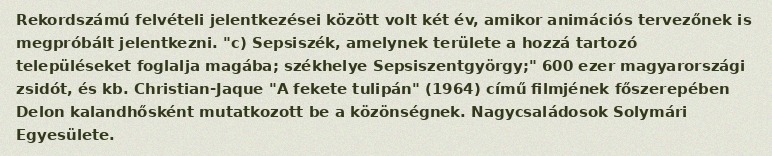
Rekordszámú felvételi jelentkezései között volt két év, amikor animációs tervezőnek is megpróbált jelentkezni. "c) Sepsiszék, amelynek területe a hozzá tartozó településeket foglalja magába; székhelye Sepsiszentgyörgy;" 600 ezer magyarországi zsidót, és kb. Christian-Jaque "A fekete tulipán" (1964) című filmjének főszerepében Delon kalandhősként mutatkozott be a közönségnek. Nagycsaládosok Solymári Egyesülete.